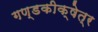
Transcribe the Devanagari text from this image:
गण्डकीक्षेत्र